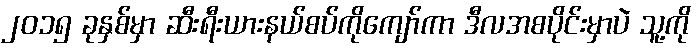
၂၀၁၅ ခုနှစ်မှာ ဆီးရီးယားနယ်စပ်ကိုကျော်ကာ ဒီလအစပိုင်းမှာပဲ သူ့ကို